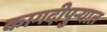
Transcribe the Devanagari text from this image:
कागदीपुर्‍यात